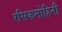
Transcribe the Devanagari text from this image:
रसिकमोहिनी